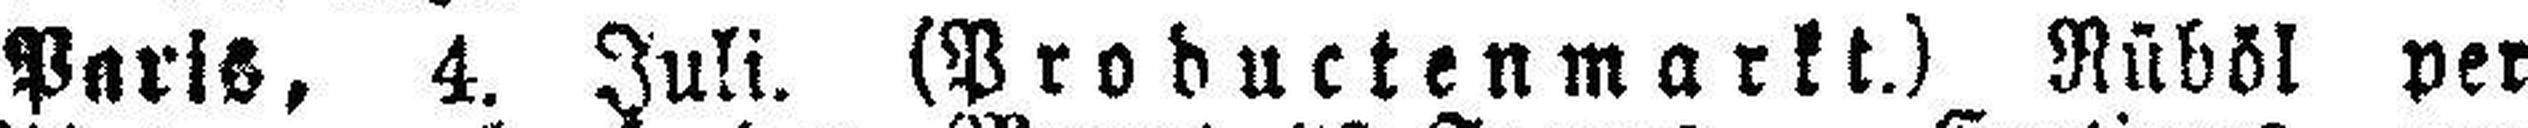
Paris, 4. Juli. (Productenmarkt.) Rüböl per